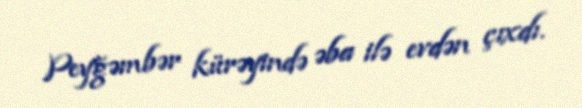
Peyğəmbər kürəyində əba ilə evdən çıxdı.